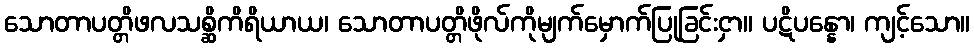
သောတာပတ္တိဖလသစ္ဆိကိရိယာယ၊ သောတာပတ္တိဖိုလ်ကိုမျက်မှောက်ပြုခြင်းငှာ။ ပဋိပန္နော၊ ကျင့်သော။